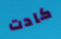
كادت